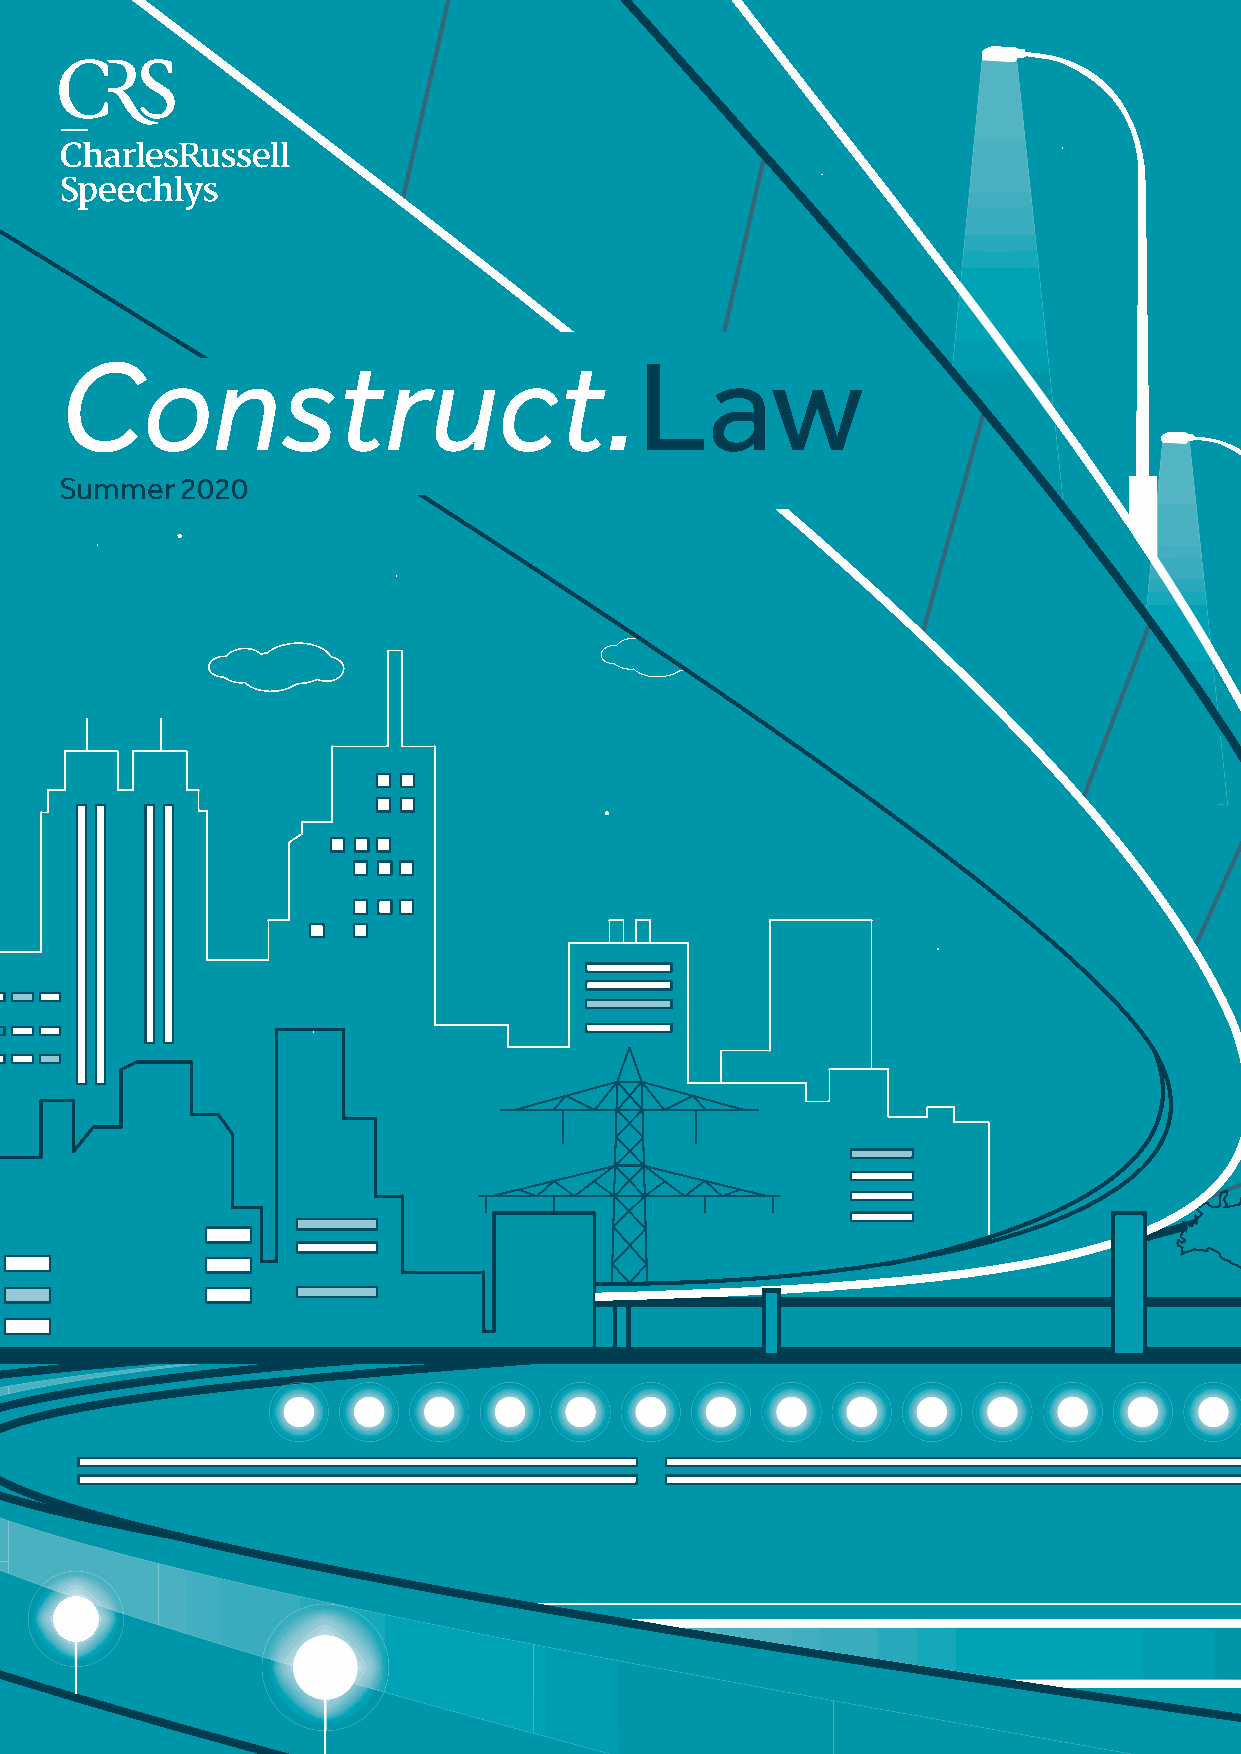
Construct.
 Law
 Summer 2020
 Construct.
 Law
 Summer  2020
 www.charlesrussellspeechlys.com                                    1